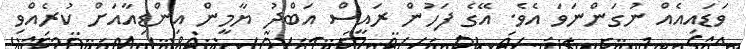
ވަޑައިއެއް ނުގަންނަވަ އެވެ. އޭގެ ފަހުން ރައީސް އަބްދު ޔާމީން އިންޑިއާއަށް ކުރެއްވި